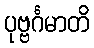
ပုဗ္ဗင်္ဂမာတိ